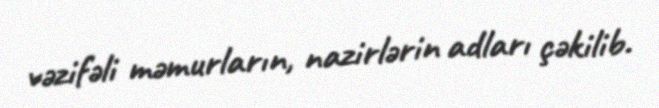
vəzifəli məmurların, nazirlərin adları çəkilib.